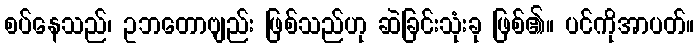
စပ်နေသည်၊ ဥဘတောဗျည်း ဖြစ်သည်ဟု ဆဲခြင်းသုံးခု ဖြစ်၏။ ပင်ကိုအာပတ်။